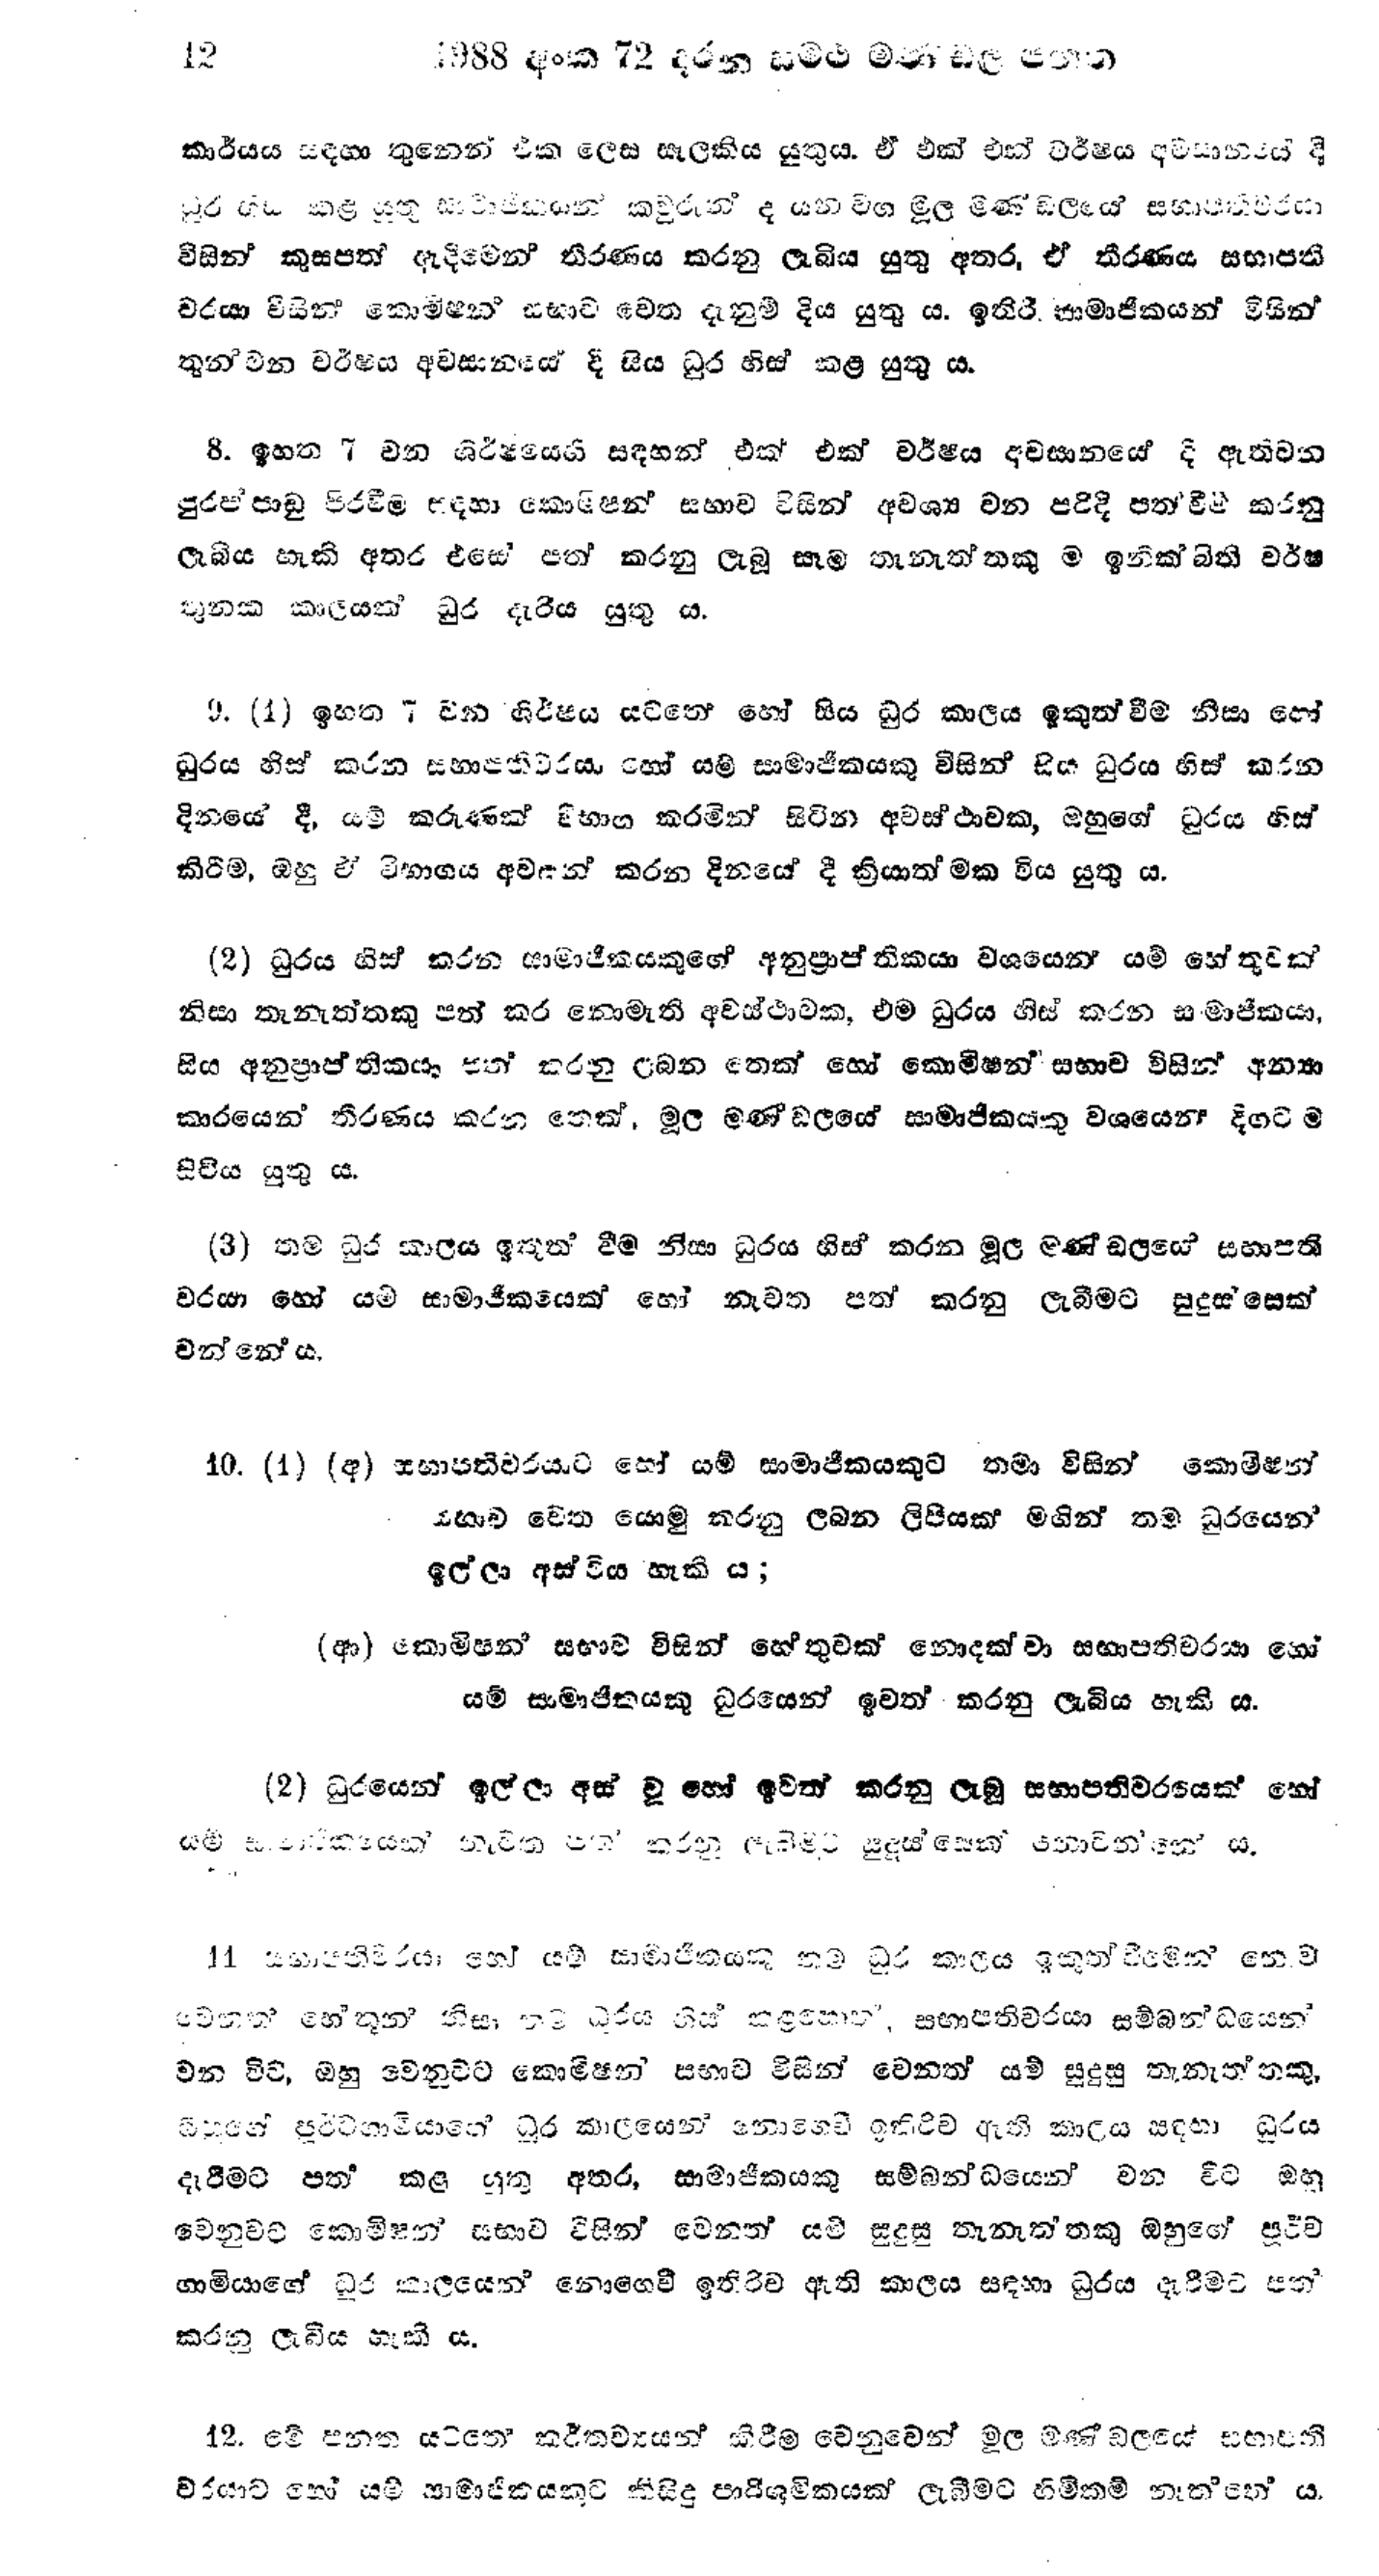
12 1988 අංක 72 දරන සමථ මණ්ඩල පනත

කාර්යය සඳහා තුනෙන් එක ලෙස සැලකිය යුතුය. ඒ එක් එක් වර්ෂය අවසානයේ දි
ධූර හිස් කළ යුතු සාමාජිකයන් කවුරුන් ද යන වග මූල මණ්ඩලයේ සභාපතිවරයා
විසින් කුසපත් ඇදීමෙන් තීරණය කරනු ලැබිය යුතු අතර, ඒ තීරණය සභාපති
වරයා විසින් කොමිෂන් සභාව වෙත දැනුම් දිය යුතු ය. ඉතිරි සාමාජිකයන් විසින්
තුන වන වර්ෂය අවසනයේ දී සිය ධුර හිස් කළ යුතු ය.

8. ඉහත 7 වන ශිර්ෂයෙහි සඳහන් එක් එක් වර්ෂය අවසානයේ දී ඇතිවන
පුරප්පාඩු පිරවීම සඳහා කොමිෂන් සභාව විසින් අවශ්‍ය වන පරිදි පත් වීම් කරනු
ලැබිය හැකි අතර එසේ පත් කරනු ලැබූ සෑම තැනැත්තකු ම ඉනික්බිති වර්ෂ
තුනක කාලයක් ධුර දැරිය යුතු ය.

9. (1) ඉහත 7 වන ශීර්ෂය යටතේ හෝ සිය ධුර කාලය ඉකුත් වීම නිසා හෝ
ධූරය හිස් කරන සභාපතිවරයා හෝ යම් සාමාජිකයෙකු විසින් සිය ධුරය හිස් කරන
දිනයේ දී, යම් කරුණක් විභාග කරමින් සිටින අවස්ථාවක, ඔහුගේ ධුරය හිස්
කිරීම, ඔහු ඒ විභාගය අවසන් කරන දිනයේ දී ක්‍රියාත්මක විය යුතු ය.

(2) ධුරය හිස් කරන සාමාජිකයකුගේ අනුප්‍රාප්තිකයා වශයෙන් යම් හේතුවක්
නිසා තැනැත්තකු පත් කර නොමැති අවස්ථාවක, එම ධුරය හිස් කරන සාමාජිකයා,
සිය අනුප්‍රාප්තිකයා පත් කරනු ලබන තෙක් හෝ කොමිෂන් සභාව විසින් අන්‍යා
කාරයෙන් තීරණය කරන තෙක්. මූල මණ්ඩලයේ සාමාජිකයකු වශයෙන් දිගට ම
සිටිය යුතු ය.

(3) තම ධුර කාලය ඉකුත් වීම නිසා ධුරය හිස් කරන මූල මණ්ඩලයේ සභාපති
වරයා හෝ යම් සාමාජිකයෙක් හෝ නැවත පත් කරනු ලැබීමට සුදුස්සෙක්
වන්නේය.

10. (1) (අ) සභාපතිවර‍යාට හෝ යම් සාමාජිකයකුට තමා විසින් කොමිෂන්
සභාව වෙත යොමු කරනු ලබන ලිපියක් මගින් තම ධුරයෙන්
ඉල්ලා අස්විය හැකි ය;

(ආ) කොමිෂන් සභාව විසින් හේතුවක් නොදක්වා සභාපතිවරයා හෝ
යම් සාමාජිකයෙකු ධුරයෙන් ඉවත් කරනු ලැබිය හැකි ය.

(2) ධුරයෙන් ඉල්ලා අස් වූ හෝ ඉවත් කරනු ලැබූ සභාපතිවරයෙක් හෝ
යම් සාමාජිකයෙක් නැවත පත් කරනු ලැබීමට සුදුස්සෙක් නොවන්නේ ය.

11 සභාපතිවරයා හෝ යම් සාමාජිකයකු නම් ධුර කාලය ඉකුත්වීමෙන් නොව
වෙනත් හේතූන් නිසා තම ධූරය නිය කළහොත්, සභාපතිවරයා සම්බන්ධයෙන්
වන විට, ඔහු වෙනුවට කොමිෂන් සභාව විසින් වෙනත් යම් සුදුසු තැනැත්තකු
ඔහුගේ පූර්වගාමියාගේ ධූර කාලයෙන් නොගෙඩි ඉතිරිව ඇති කාලය සඳහා ධූරය
දැරීමට පත් කළ යුතු අතර, සාමාජිකයකු සම්බන්ධයෙන් වන විට ඔහු
වෙනුවට කොමිෂන් සභාව විසින් වෙනත් යම් සුදුසු තැනැත්තකු ඔහුගේ පූර්ව
ගාමියාගේ ධූර කාලයෙන් නොගෙවී ඉතිරිව ඇති කාලය සඳහා ධුරය දැරීමට පත්
කරනු ලැබිය හැකි ය.

12. මේ පනත යටතේ කර්තව්‍යයන් කිරීම වෙනුවෙන් මූල මණ්ඩලයේ සභාපති
වරයාට හෝ යම් සාමාජිකයකුට කිසිදු පාරිශ්‍රමිකයක් ලැබීමට හිමිකම් නැත්තේ ය.